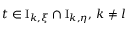
t \in \mathrm { { I } } _ { k , \xi } \cap \mathrm { { I } } _ { k , \eta } , \, k \neq l